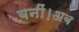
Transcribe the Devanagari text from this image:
बनीं।अब